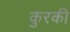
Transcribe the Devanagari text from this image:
कुरकी